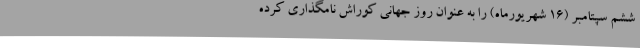
ششم سپتامبر (16 شهریورماه) را به عنوان روز جهانی کوراش نامگذاری کرده